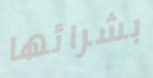
بشرائها